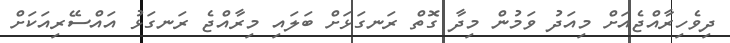
ދިވެހިރާއްޖެއަށް މިއަދު ވަމުން މިދާ ގޮތް ރަނގަޅަށް ބަލައި މިރާއްޖެ ރަނގަޅު އައްސޭރިއަކަށް